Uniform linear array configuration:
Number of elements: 48
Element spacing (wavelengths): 0.75
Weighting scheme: cosine
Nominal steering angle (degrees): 15
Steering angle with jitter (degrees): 13.05
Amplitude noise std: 0.05
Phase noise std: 0.05

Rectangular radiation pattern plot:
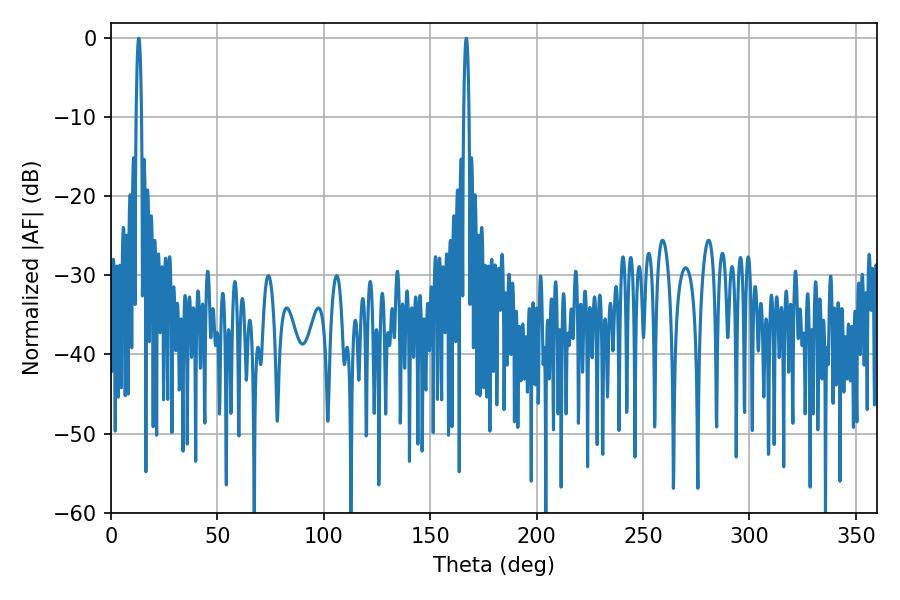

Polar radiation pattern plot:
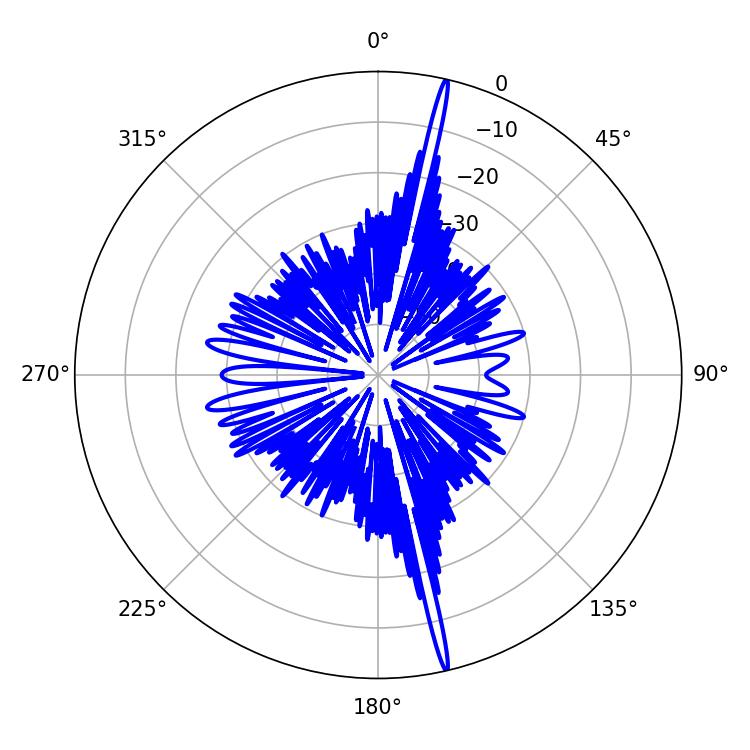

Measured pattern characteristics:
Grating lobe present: TRUE
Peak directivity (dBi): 22.118
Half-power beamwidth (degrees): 1.26
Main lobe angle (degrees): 12.96